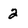
Character: 2